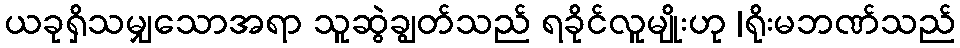
ယခုရှိသမျှသောအရာ သူဆွဲချွတ်သည် ရခိုင်လူမျိုးဟု |ရိုးမဘဏ်သည်